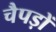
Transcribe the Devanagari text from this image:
चैपड़ों